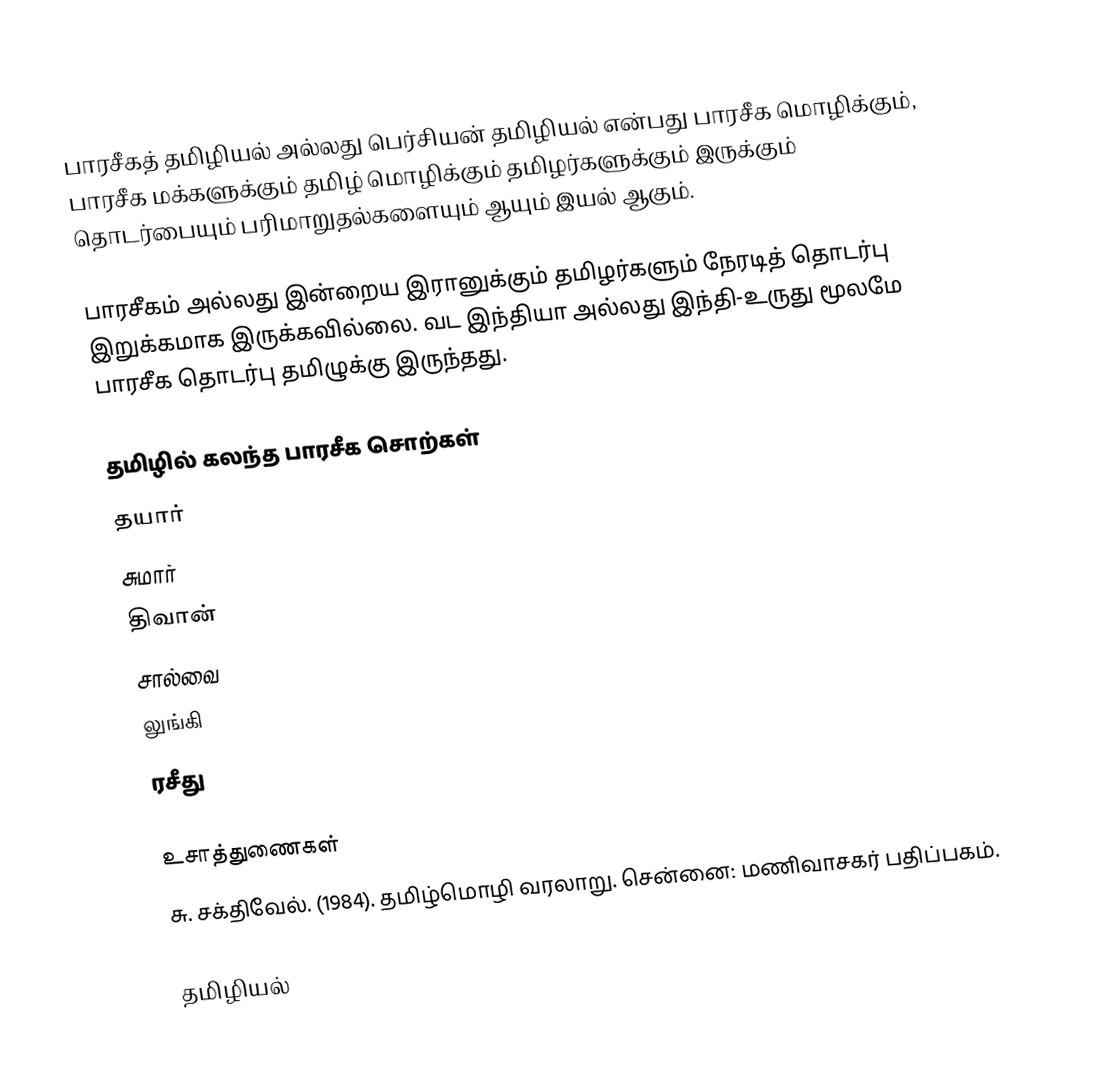
பாரசீகத் தமிழியல் அல்லது பெர்சியன் தமிழியல் என்பது பாரசீக மொழிக்கும், பாரசீக மக்களுக்கும்  தமிழ் மொழிக்கும் தமிழர்களுக்கும் இருக்கும் தொடர்பையும் பரிமாறுதல்களையும் ஆயும் இயல் ஆகும்.

பாரசீகம் அல்லது இன்றைய இரானுக்கும் தமிழர்களும் நேரடித் தொடர்பு இறுக்கமாக இருக்கவில்லை.  வட இந்தியா அல்லது இந்தி-உருது மூலமே பாரசீக தொடர்பு தமிழுக்கு இருந்தது.

தமிழில் கலந்த பாரசீக சொற்கள்
 தயார்
 சுமார்
 திவான்
 சால்வை
 லுங்கி
 ரசீது

உசாத்துணைகள்
 சு. சக்திவேல். (1984). தமிழ்மொழி வரலாறு. சென்னை: மணிவாசகர் பதிப்பகம்.

தமிழியல்